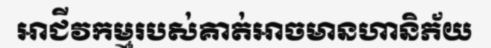
អាជីវកម្មរបស់គាត់អាចមានហានិភ័យ